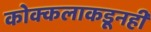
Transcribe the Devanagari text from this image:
कोक्कलाकडूनही